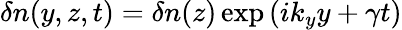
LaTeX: \delta n(y,z,t)=\delta n(z)\exp{(ik_{y}y+\gamma t)}